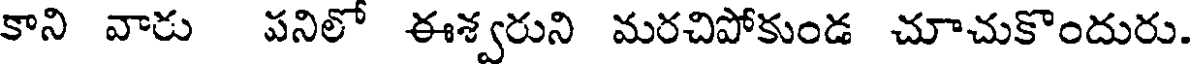
కాని వారు పనిలో ఈశ్వరుని మరచిపోకుండ చూచుకొందురు.